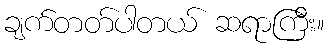
ချက်တတ်ပါတယ် ဆရာကြီး။